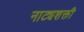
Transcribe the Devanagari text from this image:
नाट्यशक्ती